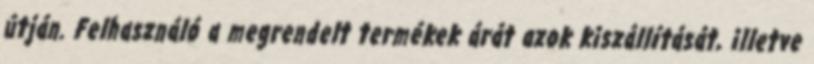
útján. Felhasználó a megrendelt termékek árát azok kiszállítását, illetve